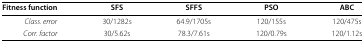
| Fitness function | SFS | SFFS | PSO | ABC |
 | --- | --- | --- | --- | --- |
 | Class. error | 30/1282s | 64.9/1705s | 120/155s | 120/475s |
 | Corr. factor | 30/5.62s | 78.3/7.61s | 120/0.79s | 120/1.12s |